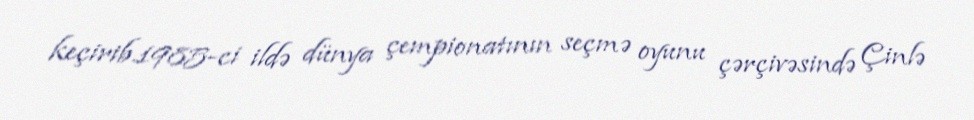
keçirib.1985-ci ildə dünya çempionatının seçmə oyunu çərçivəsində Çinlə